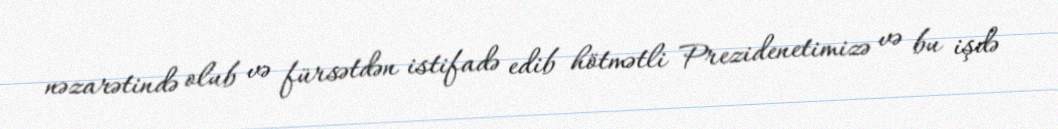
nəzarətində olub və fürsətdən istifadə edib hötmətli Prezidenetimizə və bu işdə